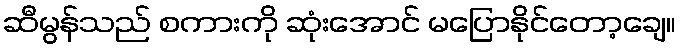
ဆီမွန်သည် စကားကို ဆုံးအောင် မပြောနိုင်တော့ချေ။